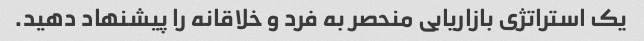
یک استراتژی بازاریابی منحصر به فرد و خلاقانه را پیشنهاد دهید.